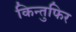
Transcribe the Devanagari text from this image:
किन्तुफिर